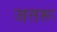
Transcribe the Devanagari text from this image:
जतरू